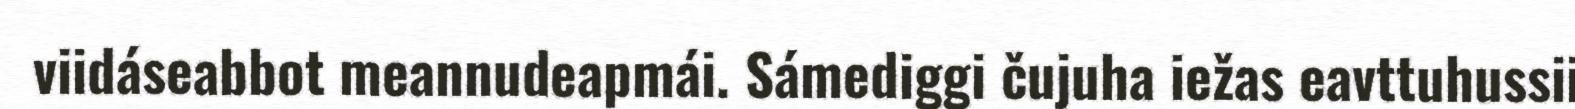
viidáseabbot meannudeapmái. Sámediggi čujuha iežas eavttuhussii